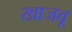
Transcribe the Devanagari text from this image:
खाजवू